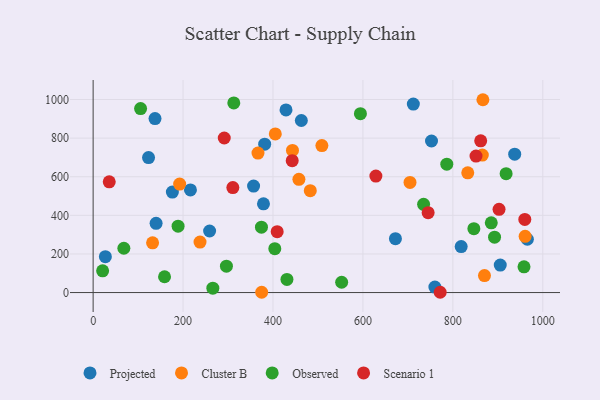
{"axis": {"x": "Ad Spend", "y": "Fuel Efficiency"}, "legend": ["Cluster B", "Observed", "Projected", "Scenario 1"], "data": [{"x": "965.7", "y": 276.2, "type": "Projected"}, {"x": "905.4", "y": 142.3, "type": "Projected"}, {"x": "27.2", "y": 185.7, "type": "Projected"}, {"x": "381.5", "y": 768.5, "type": "Projected"}, {"x": "176.2", "y": 520.3, "type": "Projected"}, {"x": "259.0", "y": 318.9, "type": "Projected"}, {"x": "378.8", "y": 459.7, "type": "Projected"}, {"x": "140.0", "y": 358.8, "type": "Projected"}, {"x": "937.5", "y": 716.9, "type": "Projected"}, {"x": "760.0", "y": 28.2, "type": "Projected"}, {"x": "123.2", "y": 699.0, "type": "Projected"}, {"x": "463.0", "y": 891.2, "type": "Projected"}, {"x": "818.5", "y": 238.2, "type": "Projected"}, {"x": "428.9", "y": 946.0, "type": "Projected"}, {"x": "137.6", "y": 901.5, "type": "Projected"}, {"x": "752.5", "y": 785.0, "type": "Projected"}, {"x": "672.3", "y": 279.3, "type": "Projected"}, {"x": "356.8", "y": 551.6, "type": "Projected"}, {"x": "216.4", "y": 531.5, "type": "Projected"}, {"x": "712.1", "y": 976.3, "type": "Projected"}, {"x": "870.3", "y": 88.1, "type": "Cluster B"}, {"x": "482.9", "y": 527.8, "type": "Cluster B"}, {"x": "237.7", "y": 261.4, "type": "Cluster B"}, {"x": "405.1", "y": 821.5, "type": "Cluster B"}, {"x": "833.1", "y": 620.1, "type": "Cluster B"}, {"x": "704.7", "y": 570.5, "type": "Cluster B"}, {"x": "132.2", "y": 257.6, "type": "Cluster B"}, {"x": "443.3", "y": 736.2, "type": "Cluster B"}, {"x": "865.5", "y": 712.4, "type": "Cluster B"}, {"x": "508.7", "y": 761.5, "type": "Cluster B"}, {"x": "374.8", "y": 1.6, "type": "Cluster B"}, {"x": "866.8", "y": 998.9, "type": "Cluster B"}, {"x": "960.7", "y": 291.2, "type": "Cluster B"}, {"x": "366.6", "y": 722.7, "type": "Cluster B"}, {"x": "457.6", "y": 586.5, "type": "Cluster B"}, {"x": "192.4", "y": 562.2, "type": "Cluster B"}, {"x": "958.2", "y": 133.2, "type": "Observed"}, {"x": "431.0", "y": 68.0, "type": "Observed"}, {"x": "892.7", "y": 286.9, "type": "Observed"}, {"x": "68.3", "y": 229.5, "type": "Observed"}, {"x": "552.7", "y": 53.3, "type": "Observed"}, {"x": "374.3", "y": 338.5, "type": "Observed"}, {"x": "158.8", "y": 81.8, "type": "Observed"}, {"x": "404.0", "y": 227.6, "type": "Observed"}, {"x": "266.2", "y": 22.5, "type": "Observed"}, {"x": "21.1", "y": 112.8, "type": "Observed"}, {"x": "786.5", "y": 665.3, "type": "Observed"}, {"x": "105.5", "y": 953.1, "type": "Observed"}, {"x": "885.4", "y": 361.1, "type": "Observed"}, {"x": "312.8", "y": 982.2, "type": "Observed"}, {"x": "188.9", "y": 343.7, "type": "Observed"}, {"x": "594.4", "y": 926.4, "type": "Observed"}, {"x": "296.4", "y": 136.8, "type": "Observed"}, {"x": "918.4", "y": 616.1, "type": "Observed"}, {"x": "734.9", "y": 456.9, "type": "Observed"}, {"x": "846.7", "y": 331.2, "type": "Observed"}, {"x": "310.7", "y": 543.9, "type": "Scenario 1"}, {"x": "409.3", "y": 315.5, "type": "Scenario 1"}, {"x": "291.6", "y": 800.7, "type": "Scenario 1"}, {"x": "902.7", "y": 431.4, "type": "Scenario 1"}, {"x": "861.9", "y": 785.8, "type": "Scenario 1"}, {"x": "628.8", "y": 603.3, "type": "Scenario 1"}, {"x": "771.8", "y": 1.5, "type": "Scenario 1"}, {"x": "35.8", "y": 573.7, "type": "Scenario 1"}, {"x": "745.0", "y": 413.7, "type": "Scenario 1"}, {"x": "960.0", "y": 378.8, "type": "Scenario 1"}, {"x": "442.7", "y": 683.1, "type": "Scenario 1"}, {"x": "851.5", "y": 707.0, "type": "Scenario 1"}]}